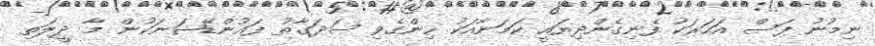
ނިމުނު ފަސް އަހަރަކު ފެނިގެންދިޔައީ ކަމަނާއަކު ހިންގެވި ސަދަގާތު ފައުންޑޭޝަނަކުން މާ ދީލަތި